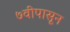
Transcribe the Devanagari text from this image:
७वीपासून